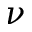
\nu